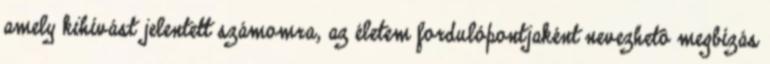
amely kihívást jelentett számomra, az életem fordulópontjaként nevezhetô megbízás